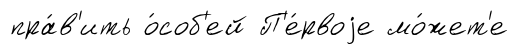
пра́в'ить о́соб'ей П'е́рвоjе мо́жет'е